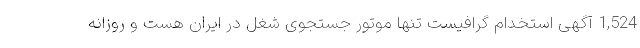
1,524 آگهی استخدام گرافیست تنها موتور جستجوی شغل در ایران هست و روزانه